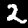
Label: 2